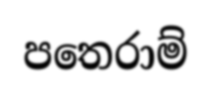
පතෙරාම්